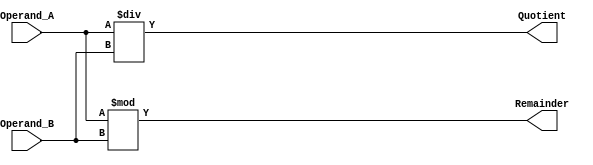
module Divider (
    input wire [31:0] Operand_A,
    input wire [31:0] Operand_B,
    output reg [31:0] Quotient,
    output reg [31:0] Remainder
);

always @ (*) begin
    Quotient = Operand_A / Operand_B;
    Remainder = Operand_A % Operand_B;
end

endmodule